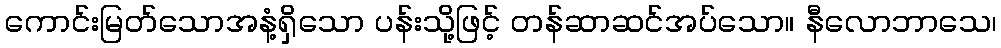
ကောင်းမြတ်သောအနံ့ရှိသော ပန်းသို့ဖြင့် တန်ဆာဆင်အပ်သော။ နီလောဘာသေ၊